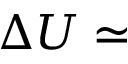
\Delta U \simeq